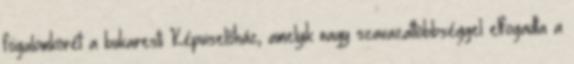
fogalomkörét a bukaresti Képviselőház, amelyik nagy szavazattöbbséggel elfogadta a